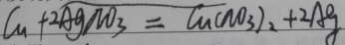
C u + 2 A g N O _ { 3 } = C u ( N O _ { 3 } ) _ { 2 } + 2 A g